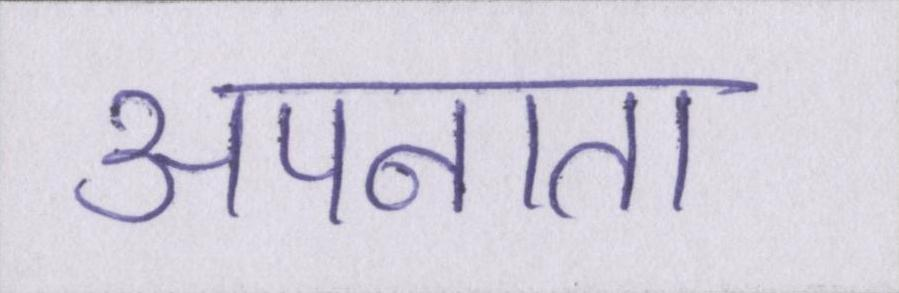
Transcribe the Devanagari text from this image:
अपनाता